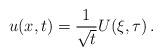
LaTeX: \begin{align*} u(x,t) = \frac{1}{\sqrt{t}} U(\xi,\tau) \, .\end{align*}